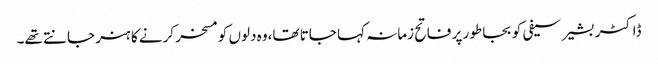
ڈاکٹر بشیر سیفی کو بجا طور پر فاتح زمانہ کہا جاتا تھا،وہ دلوں کو مسخر کرنے کا ہنر جانتے تھے۔